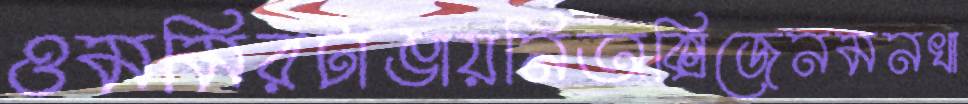
ওমমিরটাঙায়নিঅক্সিজেনমনখা